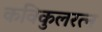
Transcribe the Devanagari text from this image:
कविकुलरत्न